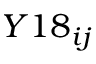
Y 1 8 _ { i j }